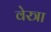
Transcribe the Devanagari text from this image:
वेस्त्रा